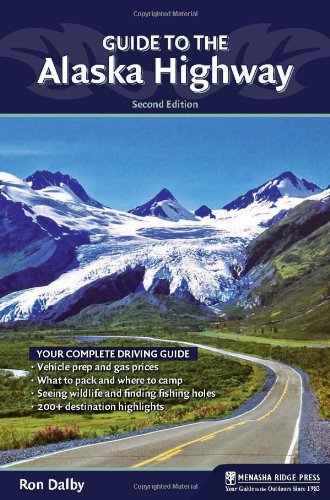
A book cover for Guide to the Alaska Highway; Ron Dalby; Travel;